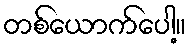
တစ်ယောက်ပေါ့။